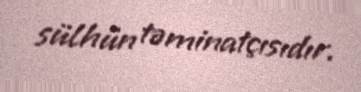
sülhün təminatçısıdır.